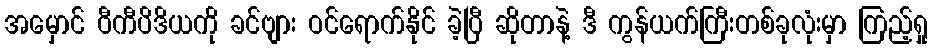
အမှောင် ဝီကီပိဒိယကို ခင်ဗျား ဝင်ရောက်နိုင် ခဲ့ပြီ ဆိုတာနဲ့ ဒီ ကွန်ယက်ကြီးတစ်ခုလုံးမှာ ကြည့်ရှု